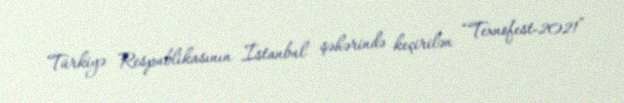
Türkiyə Respublikasının İstanbul şəhərində keçirilən “Texnofest-2021”